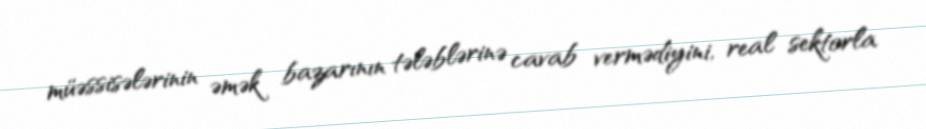
müəssisələrinin əmək bazarının tələblərinə cavab vermədiyini, real sektorla